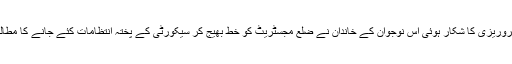
اجتماعی آبروریزی کا شکار ہوئی اس نوجوان کے خاندان نے ضلع مجسٹریٹ کو خط بھیج کر سیکورٹی کے پختہ انتظامات کئے جانے کا مطالبہ کیا ہے۔